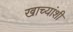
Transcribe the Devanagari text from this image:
खाच्यांशी